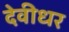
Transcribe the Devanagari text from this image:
देवीधर